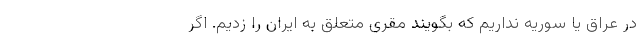
در عراق یا سوریه نداریم که بگویند مقری متعلق به ایران را زدیم. اگر